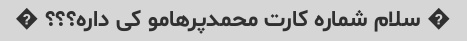
� سلام شماره کارت محمدپرهامو کی داره؟؟؟ �